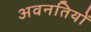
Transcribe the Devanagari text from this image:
अवनतियों